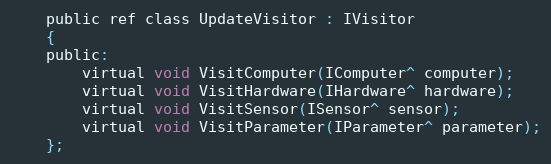
Language: C
    public ref class UpdateVisitor : IVisitor
    {
    public:
        virtual void VisitComputer(IComputer^ computer);
        virtual void VisitHardware(IHardware^ hardware);
        virtual void VisitSensor(ISensor^ sensor);
        virtual void VisitParameter(IParameter^ parameter);
    };